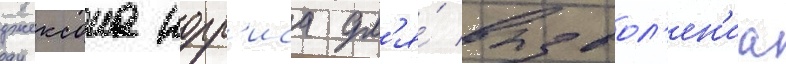
джексона норр'иса дл'я́ вызвол'ен'иа